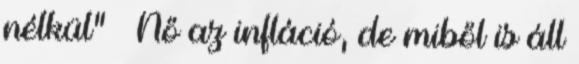
nélkül” – Nő az infláció, de miből is áll